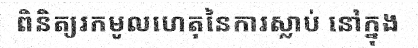
ពិនិត្យរកមូលហេតុនៃការស្លាប់ នៅក្នុង